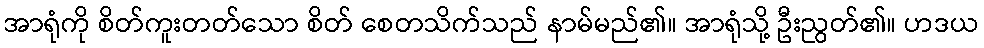
အာရုံကို စိတ်ကူးတတ်သော စိတ် စေတသိက်သည် နာမ်မည်၏။ အာရုံသို့ ဦးညွတ်၏။ ဟဒယ